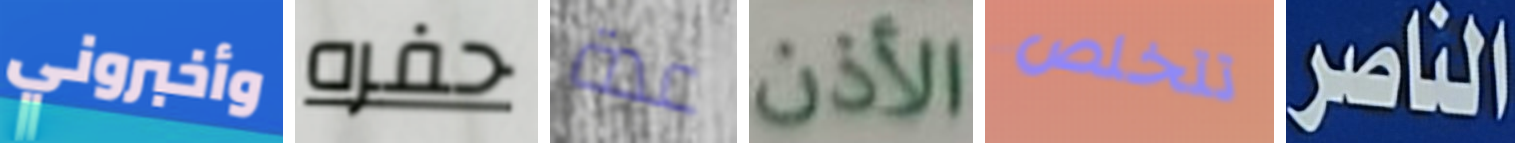
وأخبروني حفره عدة الأذن تتخلص الناصر